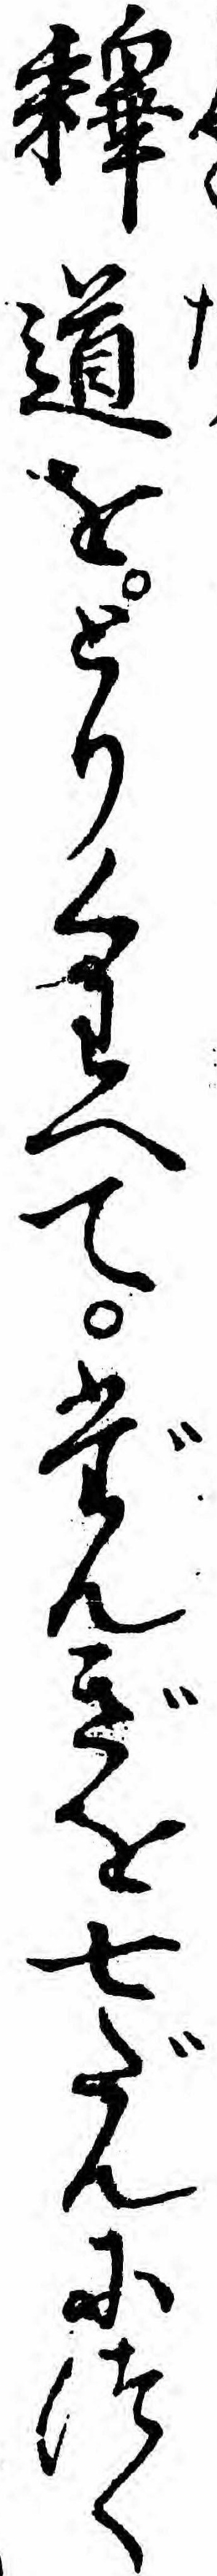
釈道をとりくわへてだんぎを七だんにつく